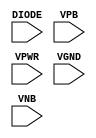
module sky130_fd_sc_hs__diode (
    //# {{power|Power}}
    input DIODE,
    input VPB  ,
    input VPWR ,
    input VGND ,
    input VNB
);
endmodule